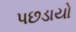
પછડાયો